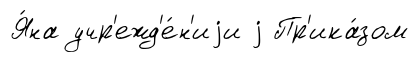
Я́на учр'ежд'е́н'иjи j Пр'ика́зом